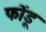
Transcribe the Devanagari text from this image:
फोंडू